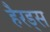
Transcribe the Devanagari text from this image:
हैरड्स